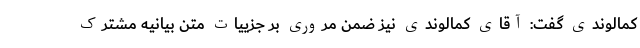
کمالوندی گفت: آقای کمالوندی نیز ضمن مروری بر جزییات متن بیانیه مشترک